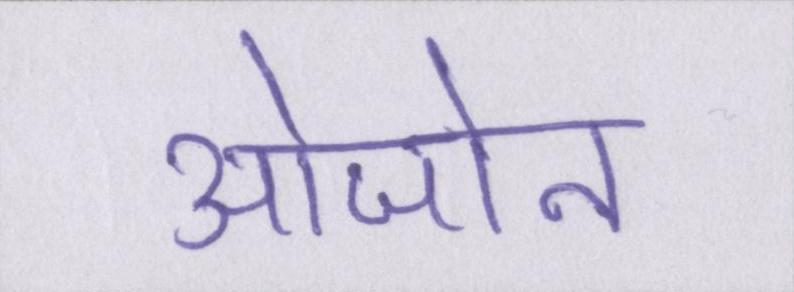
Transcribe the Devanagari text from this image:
ओजोन